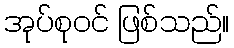
အုပ်စုဝင် ဖြစ်သည်။